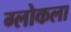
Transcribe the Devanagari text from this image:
ग्लोकला